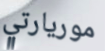
موريارتي